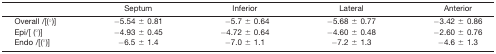
<table><thead><tr><td>[EMPTY_CELL]</td><td><b>Septum</b></td><td><b>Inferior</b></td><td><b>Lateral</b></td><td><b>Anterior</b></td></tr></thead><tbody><tr><td>Overall /[(°)]</td><td>−5.54 ± 0.81</td><td>−5.7 ± 0.64</td><td>−5.68 ± 0.77</td><td>−3.42 ± 0.86</td></tr><tr><td>Epi/[ (°)]</td><td>−4.93 ± 0.45</td><td>−4.72 ± 0.64</td><td>−4.60 ± 0.48</td><td>−2.60 ± 0.76</td></tr><tr><td>Endo /[(°)]</td><td>−6.5 ± 1.4</td><td>−7.0 ± 1.1</td><td>−7.2 ± 1.3</td><td>−4.6 ± 1.3</td></tr></tbody></table>